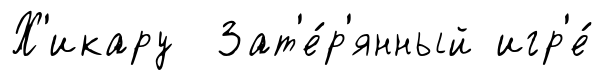
Х'икару Зат'е́р'янный игр'е́